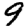
Digit: 9